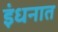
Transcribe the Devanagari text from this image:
इंधनात